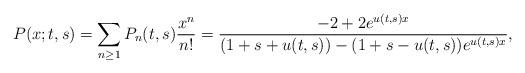
LaTeX: \begin{align*}P(x; t,s)=\sum_{n\geq 1} P_n(t,s) \frac {x^n}{n!} =\frac {-2+2 e^{u(t,s)x}}{(1+s+u(t,s)) -(1+s-u(t,s)) e^{u(t,s)x}},\end{align*}